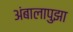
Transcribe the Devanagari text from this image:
अंबालापुझा